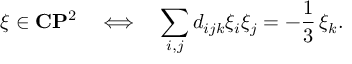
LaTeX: \xi \in { \bf C } { \bf P } ^ { 2 } \ \ \ \Longleftrightarrow \ \ \ \sum _ { i , j } d _ { i j k } \xi _ { i } \xi _ { j } = - \frac { 1 } { 3 } \, \xi _ { k } .